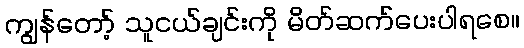
ကျွန်တော့် သူငယ်ချင်းကို မိတ်ဆက်ပေးပါရစေ။